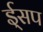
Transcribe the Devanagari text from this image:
ई्सप